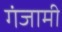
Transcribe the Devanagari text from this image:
गंजामी